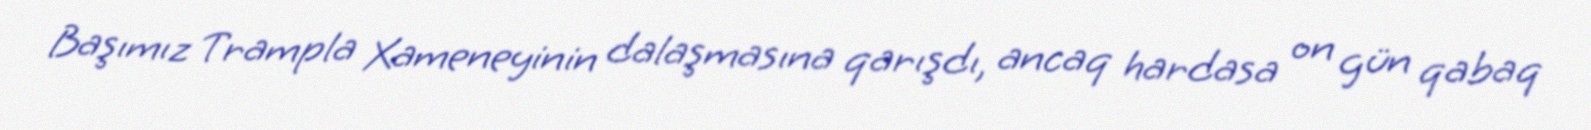
Başımız Trampla Xameneyinin dalaşmasına qarışdı, ancaq hardasa on gün qabaq